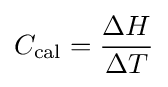
C_{\mathrm {cal} }={\frac {\Delta {H}}{\Delta {T}}}